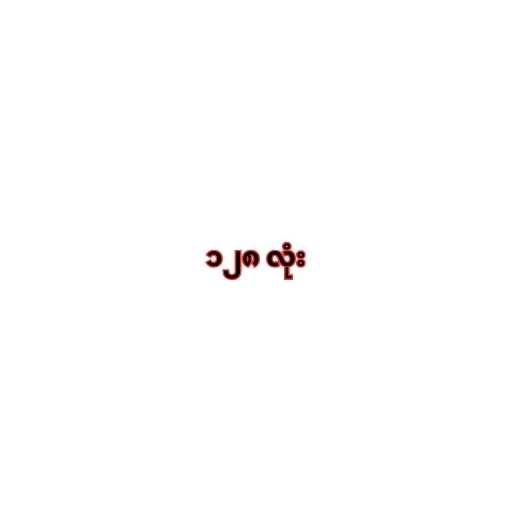
၁၂၈ လုံး